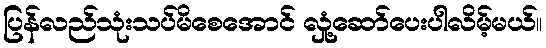
ပြန်လည်သုံးသပ်မိစေအောင် လှုံ့ဆော်ပေးပါလိမ့်မယ်။